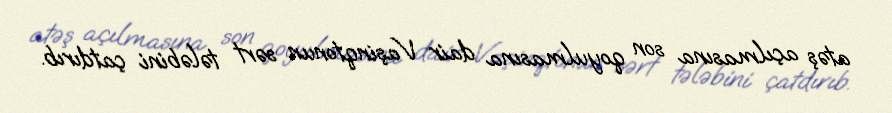
atəş açılmasına son qoyulmasına dair Vaşinqtonun sərt tələbini çatdırıb.